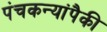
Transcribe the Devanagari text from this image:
पंचकन्यांपैकी